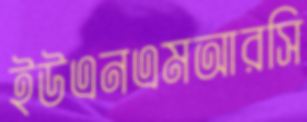
ইউএনএমআরসি